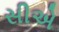
સીએ